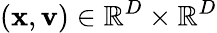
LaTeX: (\mathbf{x},\mathbf{v})\in\mathbb{R}^{D}\times\mathbb{R}^{D}